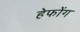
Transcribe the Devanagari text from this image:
हेफोंग